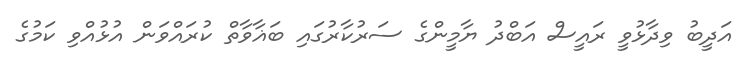
އަދީބު ވިދާޅުވީ ރައީސް އަބްދު ޔާމީންގެ ސަރުކާރުގައި ބަޣާވާތް ކުރައްވަން އުޅުއްވި ކަމުގެ